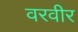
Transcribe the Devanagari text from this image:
वरवीर